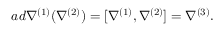
a d \nabla ^ { ( 1 ) } ( \nabla ^ { ( 2 ) } ) = [ \nabla ^ { ( 1 ) } , \nabla ^ { ( 2 ) } ] = \nabla ^ { ( 3 ) } .